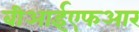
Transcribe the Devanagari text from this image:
बीआईएफआर